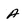
Character: A